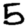
Digit: 5